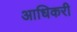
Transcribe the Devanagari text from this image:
आधिकरी